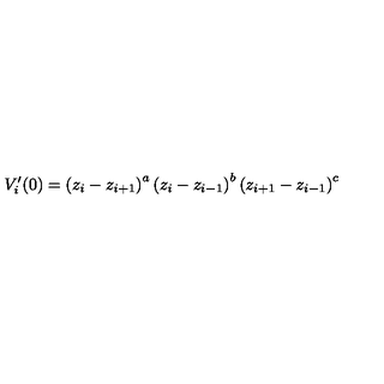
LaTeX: V _ { i } ^ { \prime } ( 0 ) = \left( z _ { i } - z _ { i + 1 } \right) ^ { a } \left( z _ { i } - z _ { i - 1 } \right) ^ { b } \left( z _ { i + 1 } - z _ { i - 1 } \right) ^ { c }